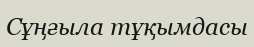
Сұңғыла тұқымдасы